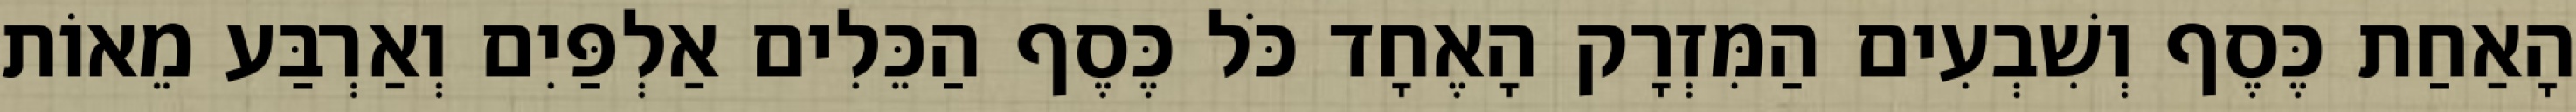
הָאַחַת כֶּסֶף וְשִׁבְעִים הַמִּזְרָק הָאֶחָד כֹּל כֶּסֶף הַכֵּלִים אַלְפַּיִם וְאַרְבַּע מֵאוֹת